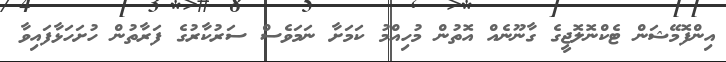
އިންފޮމޭޝަން ޓެކްނޮލޮޖީގެ ގާނޫނެއް އޮތުން މުހިއްމު ކަމަށާ ނަމަވެސް ސަރުކާރުގެ ފަރާތުން ހުށަހަޅާފައިވާ